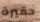
حقيرة